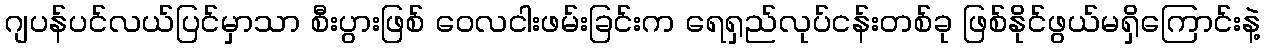
ဂျပန်ပင်လယ်ပြင်မှာသာ စီးပွားဖြစ် ဝေလငါးဖမ်းခြင်းက ရေရှည်လုပ်ငန်းတစ်ခု ဖြစ်နိုင်ဖွယ်မရှိကြောင်းနဲ့